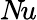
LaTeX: N\! u